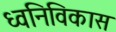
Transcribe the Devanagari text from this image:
ध्वनिविकास